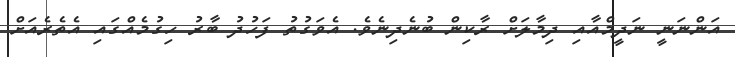
އަންނަނީ ނަދީމްއާއި ދިމާލަށް ރާކިން ބުނެދިނެވެ. އެވަގުތު ފަހުދު ބާރު ހިގުމެއްގައި އެތެރެއަށް